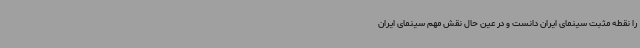
را نقطه مثبت سینمای ایران دانست و در عین حال نقش مهم سینمای ایران